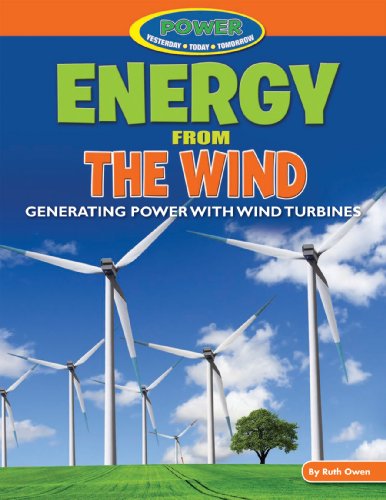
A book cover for Energy from the Wind: Generating Power With Wind Turbines (Power: Yesterday, Today, Tomorrow); Ruth Owen; Children's Books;